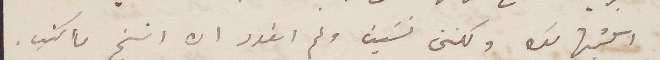
اكتبها لك ولكنني نسَيت  ولم اتعود ان انسخ مأ كتِب.